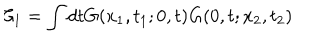
\mathcal { C } _ { 1 } = \int d t G ( x _ { 1 } , t _ { 1 } ; 0 , t ) G ( 0 , t ; x _ { 2 } , t _ { 2 } )